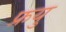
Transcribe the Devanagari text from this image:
फ्रयु